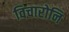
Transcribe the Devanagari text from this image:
विचारोनि